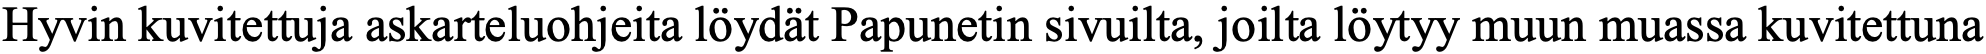
Hyvin kuvitettuja askarteluohjeita löydät Papunetin sivuilta, joilta löytyy muun muassa kuvitettuna